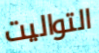
التواليت